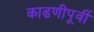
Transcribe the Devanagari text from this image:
काढणीपूर्वी